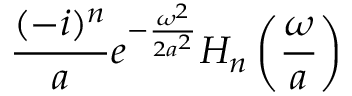
{ \frac { ( - i ) ^ { n } } { a } } e ^ { - { \frac { \omega ^ { 2 } } { 2 a ^ { 2 } } } } H _ { n } \left( { \frac { \omega } { a } } \right)